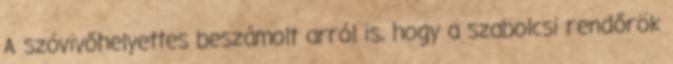
A szóvivőhelyettes beszámolt arról is, hogy a szabolcsi rendőrök